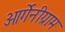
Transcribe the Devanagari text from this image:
ओर्गेनीग्राम